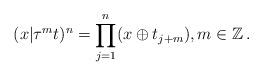
LaTeX: \begin{align*}(x|\tau ^{m}t)^{n}=\prod_{j=1}^{n}(x\oplus t_{j+m}),m\in \mathbb{Z}\,.\end{align*}